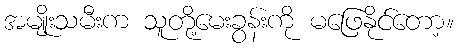
အမျိုးသမီးက သူတို့မေးခွန်းကို မဖြေနိုင်တော့။